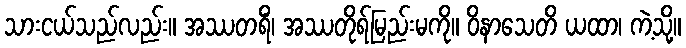
သားငယ်သည်လည်း။ အဿတရိံ၊ အဿတိုရ်မြည်းမကို။ ဝိနာသေတိ ယထာ၊ ကဲ့သို့။